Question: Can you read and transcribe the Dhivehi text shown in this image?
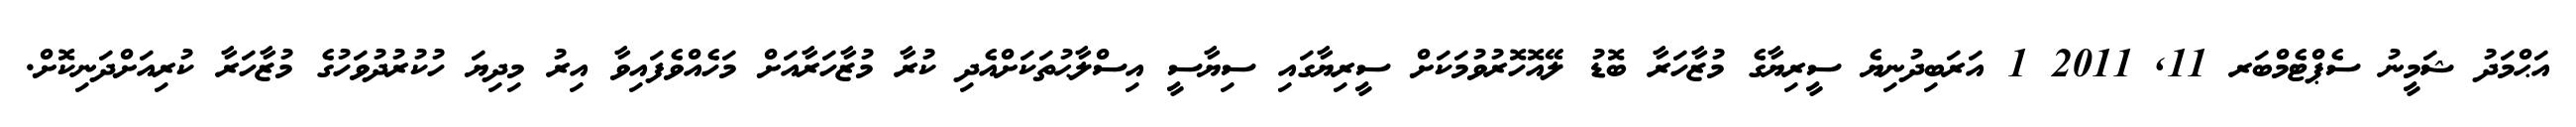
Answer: އަޙްމަދު ޝަމީނު ސެޕްޓެމްބަރ 11, 2011 1 އަރަބިދުނިޔެ ސީރިޔާގެ މުޒާހަރާ ބޮޑު ލޭއޮހޮރުވުމަކަށް ސީރިޔާގައި ސިޔާސީ އިސްލާޙުތަކަށްއެދި ކުރާ މުޒާހަރާއަށް މަހެއްވެފައިވާ އިރު މިދިޔަ ހުކުރުދުވަހުގެ މުޒާހަރާ ކުރިއަށްދަނިކޮށް.